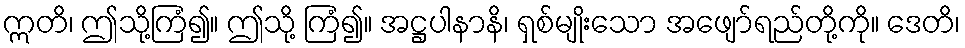
ဣတိ၊ ဤသို့ကြံ၍။ ဤသို့ ကြံ၍။ အဋ္ဌပါနာနိ၊ ရှစ်မျိုးသော အဖျော်ရည်တို့ကို။ ဒေတိ၊